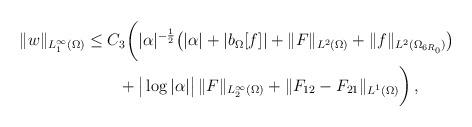
LaTeX: \begin{align*}\| w \|_{L^\infty_1 (\Omega)} & \leq C_3 \bigg ( |\alpha|^{-\frac{1}{2}} \big ( |\alpha | + |b_\Omega[f]| + \| F\|_{L^2 (\Omega)} + \| f \|_{L^2 (\Omega_{6 R_0})} \big ) \\& \qquad+ \big | \log |\alpha|\big |\, \| F \|_{L^\infty_{2} (\Omega)} + \| F_{12} - F_{21} \|_{L^1 (\Omega)} \bigg ) \,,\end{align*}